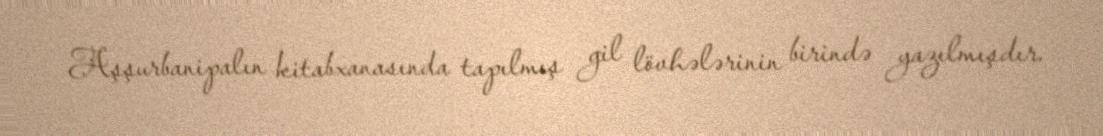
Aşşurbanipalın kitabxanasında tapılmış gil lövhələrinin birində yazılmışdır.